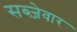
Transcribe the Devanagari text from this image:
सब्ज़ेवार